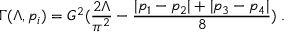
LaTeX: \Gamma ( \Lambda , p _ { i } ) = G ^ { 2 } ( \frac { 2 \Lambda } { \pi ^ { 2 } } - \frac { | p _ { 1 } - p _ { 2 } | + | p _ { 3 } - p _ { 4 } | } { 8 } ) \; .